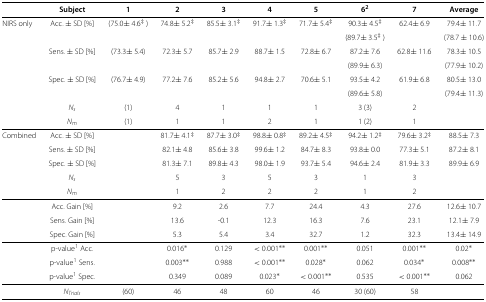
<table><thead><tr><td><b> </b></td><td><b>Subject</b></td><td><b>1</b></td><td><b>2</b></td><td><b>3</b></td><td><b>4</b></td><td><b>5</b></td><td><b>6<sup>2</sup></b></td><td><b>7</b></td><td><b>Average</b></td></tr></thead><tbody><tr><td>NIRS only</td><td>Acc. ± SD [%]</td><td>(75.0 ± 4.6 <sup><i>†</i></sup>)</td><td>74.8 ± 5.2 <sup><i>†</i></sup></td><td>85.5 ± 3.1 <sup><i>†</i></sup></td><td>91.7 ± 1.3 <sup><i>†</i></sup></td><td>71.7 ± 5.4 <sup><i>†</i></sup></td><td>90.3 ± 4.5 <sup><i>†</i></sup></td><td>62.4 ± 6.9</td><td>79.4 ± 11.7</td></tr><tr><td> </td><td> </td><td> </td><td> </td><td> </td><td> </td><td> </td><td>(89.7 ± 3.5 <sup><i>†</i></sup>)</td><td> </td><td>(78.7 ± 10.6)</td></tr><tr><td> </td><td>Sens. ± SD [%]</td><td>(73.3 ± 5.4)</td><td>72.3 ± 5.7</td><td>85.7 ± 2.9</td><td>88.7 ± 1.5</td><td>72.8 ± 6.7</td><td>87.2 ± 7.6</td><td>62.8 ± 11.6</td><td>78.3 ± 10.5</td></tr><tr><td> </td><td> </td><td> </td><td> </td><td> </td><td> </td><td> </td><td>(89.9 ± 6.3)</td><td> </td><td>(77.9 ± 10.2)</td></tr><tr><td> </td><td>Spec. ± SD [%]</td><td>(76.7 ± 4.9)</td><td>77.2 ± 7.6</td><td>85.2 ± 5.6</td><td>94.8 ± 2.7</td><td>70.6 ± 5.1</td><td>93.5 ± 4.2</td><td>61.9 ± 6.8</td><td>80.5 ± 13.0</td></tr><tr><td> </td><td> </td><td> </td><td> </td><td> </td><td> </td><td> </td><td>(89.6 ± 5.8)</td><td> </td><td>(79.4 ± 11.3)</td></tr><tr><td> </td><td><i>N</i><sub><i>s</i></sub></td><td>(1)</td><td>4</td><td>1</td><td>1</td><td>1</td><td>3 (3)</td><td>2</td><td> </td></tr><tr><td> </td><td><i>N</i><sub><i>m</i></sub></td><td>(1)</td><td>1</td><td>1</td><td>2</td><td>1</td><td>1 (2)</td><td>1</td><td> </td></tr><tr><td>Combined</td><td>Acc. ± SD [%]</td><td> </td><td>81.7 ± 4.1 <sup><i>†</i></sup></td><td>87.7 ± 3.0 <sup><i>†</i></sup></td><td>98.8 ± 0.8 <sup><i>†</i></sup></td><td>89.2 ± 4.5 <sup><i>†</i></sup></td><td>94.2 ± 1.2 <sup><i>†</i></sup></td><td>79.6 ± 3.2 <sup><i>†</i></sup></td><td>88.5 ± 7.3</td></tr><tr><td> </td><td>Sens. ± SD [%]</td><td> </td><td>82.1 ± 4.8</td><td>85.6 ± 3.8</td><td>99.6 ± 1.2</td><td>84.7 ± 8.3</td><td>93.8 ± 0.0</td><td>77.3 ± 5.1</td><td>87.2 ± 8.1</td></tr><tr><td> </td><td>Spec. ± SD [%]</td><td> </td><td>81.3 ± 7.1</td><td>89.8 ± 4.3</td><td>98.0 ± 1.9</td><td>93.7 ± 5.4</td><td>94.6 ± 2.4</td><td>81.9 ± 3.3</td><td>89.9 ± 6.9</td></tr><tr><td> </td><td><i>N</i><sub><i>s</i></sub></td><td> </td><td>5</td><td>3</td><td>5</td><td>3</td><td>1</td><td>3</td><td> </td></tr><tr><td> </td><td><i>N</i><sub><i>m</i></sub></td><td> </td><td>1</td><td>2</td><td>2</td><td>2</td><td>1</td><td>2</td><td> </td></tr><tr><td> </td><td>Acc. Gain [%]</td><td> </td><td>9.2</td><td>2.6</td><td>7.7</td><td>24.4</td><td>4.3</td><td>27.6</td><td>12.6 ± 10.7</td></tr><tr><td> </td><td>Sens. Gain [%]</td><td> </td><td>13.6</td><td>-0.1</td><td>12.3</td><td>16.3</td><td>7.6</td><td>23.1</td><td>12.1 ± 7.9</td></tr><tr><td> </td><td>Spec. Gain [%]</td><td> </td><td>5.3</td><td>5.4</td><td>3.4</td><td>32.7</td><td>1.2</td><td>32.3</td><td>13.4 ± 14.9</td></tr><tr><td> </td><td>p-value<sup>1</sup> Acc.</td><td> </td><td>0.016 <sup>∗</sup></td><td>0.129</td><td>&lt; 0.001 <sup>∗∗</sup></td><td>0.001 <sup>∗∗</sup></td><td>0.051</td><td>0.001 <sup>∗∗</sup></td><td>0.02 <sup>∗</sup></td></tr><tr><td> </td><td>p-value<sup>1</sup> Sens.</td><td> </td><td>0.003 <sup>∗∗</sup></td><td>0.988</td><td>&lt; 0.001 <sup>∗∗</sup></td><td>0.028 <sup>∗</sup></td><td>0.062</td><td>0.034 <sup>∗</sup></td><td>0.008 <sup>∗∗</sup></td></tr><tr><td> </td><td>p-value<sup>1</sup> Spec.</td><td> </td><td>0.349</td><td>0.089</td><td>0.023 <sup>∗</sup></td><td>&lt; 0.001 <sup>∗∗</sup></td><td>0.535</td><td>&lt; 0.001 <sup>∗∗</sup></td><td>0.062</td></tr><tr><td> </td><td><i>N</i><sub><i>T</i><i>r</i><i>i</i><i>a</i><i>l</i><i>s</i></sub></td><td>(60)</td><td>46</td><td>48</td><td>60</td><td>46</td><td>30 (60)</td><td>58</td><td> </td></tr></tbody></table>